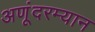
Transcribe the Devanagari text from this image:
अणूंदरम्यान